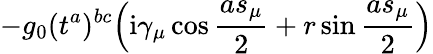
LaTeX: -g_{0}(t^{a})^{bc}\Big(\mathrm{i}\gamma_{\mu}\cos\frac{as_{\mu}}{2}+r\sin\frac{as_{\mu}}{2}\Big)